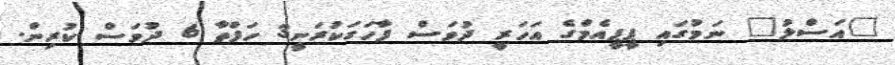
"އަސްލު" ނަމުގައި ޕީޕީއެމްގެ އަހަރީ ދުވަސް ފާހަގަކުރަނީ3 ހަފްތާ 6 ދުވަސް ކުރިން.